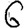
Digit: 6